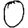
Digit: 0